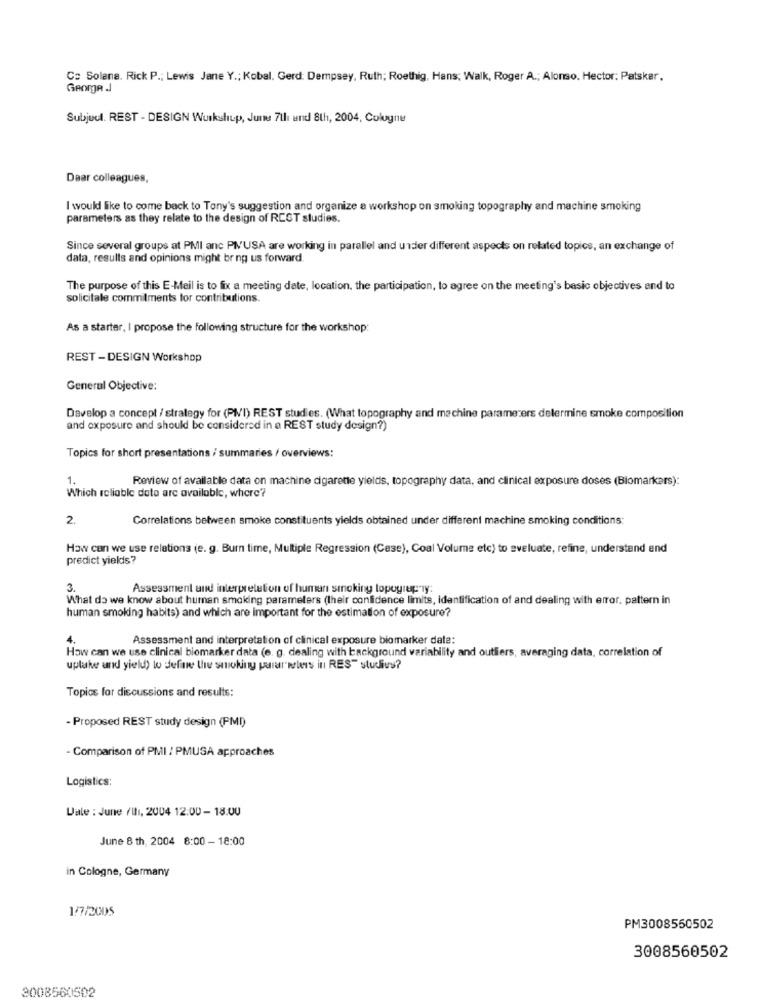
Co Solene. Rick P .; Lewis Jane Y .; Kobal. Gerd: Dempsey, Ruth; Roethig, Hans; Walk, Roger A .; Alonso. Hector; Patskar.
George .J
Subjud. REST - DESIGN Wurkshup, June 7th und 8th, 2004, Cologne
Daar colleagues,
I would like to come back to Tony's suggestion and organize a workshop on smoking topography and machine smoking
parameters as they relate to the design of RCGT studies.
Since several groups at PMI anc PMUSA are working in parallel and under different aspects on related topics, an exchange of
data, results and opinions might bring us forward.
The purpose of this E-Mail is to fix a meeting date, location, the participation, to agree on the meeting's basic objectives and to
solicitale commitments for contributions.
As a starter, I propose the following structure for the workshop:
REST - DESIGN Workshop
General Objective:
Develop a concept / strategy for (PIVI) REST studies. (What topography and machine parameters delermine smoke composition
and exposure and should be considered in a REST study design?)
Topics for short presentations / summaries / overviews:
1.
Review of available data on machine cigarette yields, topography data, and clinical exposure doses (Biomarkers):
Which reliable dote are available, where?
2.
Correlations between smoke constituents yields obtained under different machine smoking conditions:
How can we use relations (e. g. Burn time, Multiple Regression (Cese), Coal Volume etc) to sveluate, refine, understand and
predict yields?
3.
Assessment and interpretation of human smoking lopugrup ly:
What do we know about human smoking parameters (their confidence limits, identification of and dealing with error, pattern in
human smoking habits) and which are important for the estimation of exposure?
Assessment and interpretation of clinical exposure biomarker date:
How can we use clinical biomarker data (e. g. dealing with background variability and outliers, averaging data, correlation of
uplake and yield) to define the smoking purar wlers in RES" studivs?
Topics for discussions and results:
- Proposed REST study design (PMI)
- Comparison of PMI / PMUSA approaches
Logistics:
Date : June /III, 2004 12:00 - 18.00
June 8 th, 2004 8:00 - 18:00
in Cologne, Germany
1/7/2005
PM3008550502
3008560502
3008560502